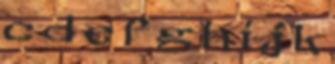
c d e f g h i j k